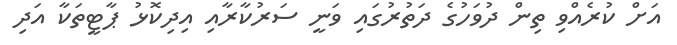
އަށް ކުރެއްވި ތިން ދުވަހުގެ ދަތުރުގައި ވަނީ ސަރުކާރާއި އިދިކޮޅު ޕާޓީތަކާ އަދި